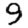
Digit: 9